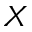
X